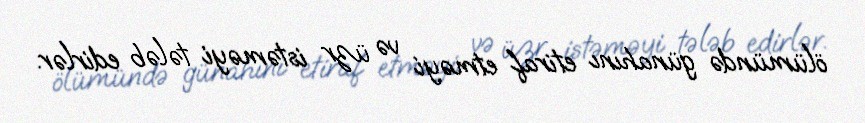
ölümündə günahını etiraf etməyi və üzr istəməyi tələb edirlər.